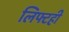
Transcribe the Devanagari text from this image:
लिफ्टही